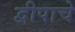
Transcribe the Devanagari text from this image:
द्वीपाचे